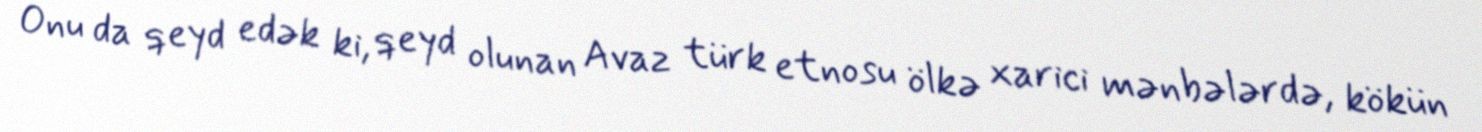
Onu da qeyd edək ki, qeyd olunan Avaz türk etnosu ölkə xarici mənbələrdə, kökün